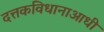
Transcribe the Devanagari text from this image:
दत्तकविधानाआधी